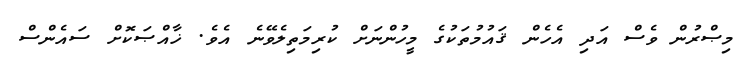
މިޞްރުން ވެސް އަދި އެހެން ޤައުމުތަކުގެ މީހުންނަށް ކުރިމަތިލެވޭނެ އެވެ. ޚާއްޞަކޮށް ސައެންސް